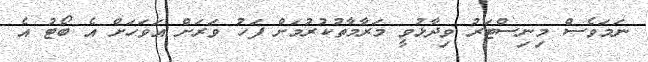
ނަމަވެސް މިނިސްޓަރު ވިދާޅުވީ މަރާމާތުކުރުމަށް ފަހު ވަރަށް އަވަހަށް އެ ބޯޓު އެ